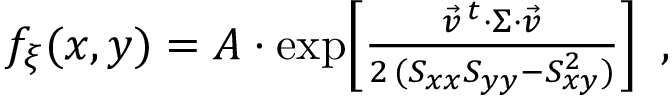
\begin{array} { r } { f _ { \xi } ( x , y ) = A \cdot \exp \! \left[ \frac { \vec { v } ^ { \, t } \cdot \Sigma \cdot \vec { v } } { 2 \, ( S _ { x x } S _ { y y } - S _ { x y } ^ { 2 } ) } \right] \mathrm { ~ , ~ } } \end{array}